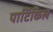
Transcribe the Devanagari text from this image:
पार्टिकिल